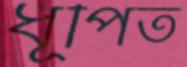
ধূপিত